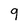
Character: 9